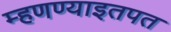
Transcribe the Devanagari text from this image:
म्हणण्याइतपत